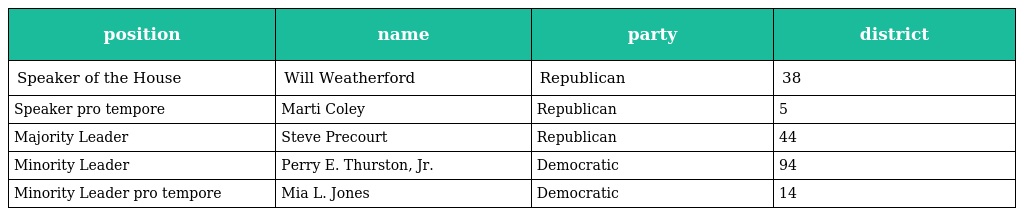
| position | name | party | district |
 | --- | --- | --- | --- |
 | Speaker of the House | Will Weatherford | Republican | 38 |
 | Speaker pro tempore | Marti Coley | Republican | 5 |
 | Majority Leader | Steve Precourt | Republican | 44 |
 | Minority Leader | Perry E. Thurston, Jr. | Democratic | 94 |
 | Minority Leader pro tempore | Mia L. Jones | Democratic | 14 |